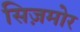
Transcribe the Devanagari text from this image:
सिज़मोर